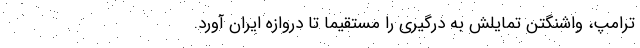
ترامپ، واشنگتن تمایلش به درگیری را مستقیما تا دروازه ایران آورد.